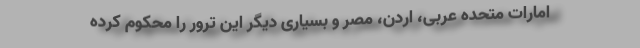
امارات متحده عربی، اردن، مصر و بسیاری دیگر این ترور را محکوم کرده